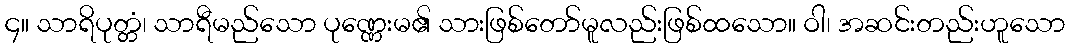
၄။ သာရိပုတ္တံ၊ သာရီမည်သော ပုဏ္ဏေးမ၏ သားဖြစ်တော်မူလည်းဖြစ်ထသော။ ဝါ၊ အဆင်းတည်းဟူသော